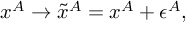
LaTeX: x ^ { A } \rightarrow \tilde { x } ^ { A } = x ^ { A } + \epsilon ^ { A } ,